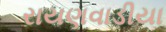
રાયણવાડીયા